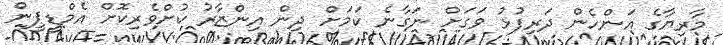
މާރިޔާގެ އަންހެން ދަރިފުޅު ވަގަށް ނަގާނެ ކަމަށް ދިން އިންޒާރު ކުށްވެރިކޮށް އެމްޑީޕީން